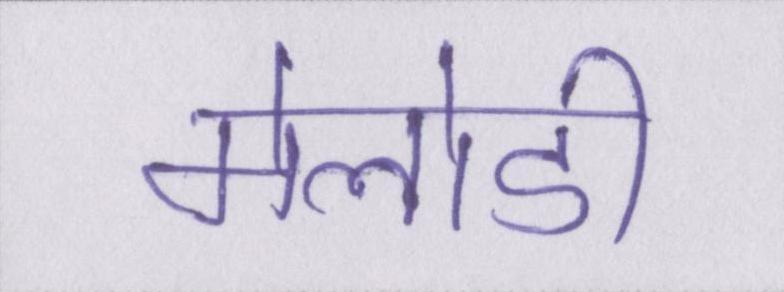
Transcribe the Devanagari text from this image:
मेलोडी